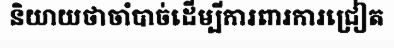
និយាយថាចាំបាច់ដើម្បីការពារការជ្រៀត